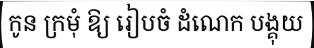
កូន ក្រមុំ ឱ្យ រៀបចំ ដំណេក បង្គុយ